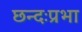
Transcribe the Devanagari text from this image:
छन्दःप्रभा